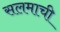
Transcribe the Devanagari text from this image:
सलमाची